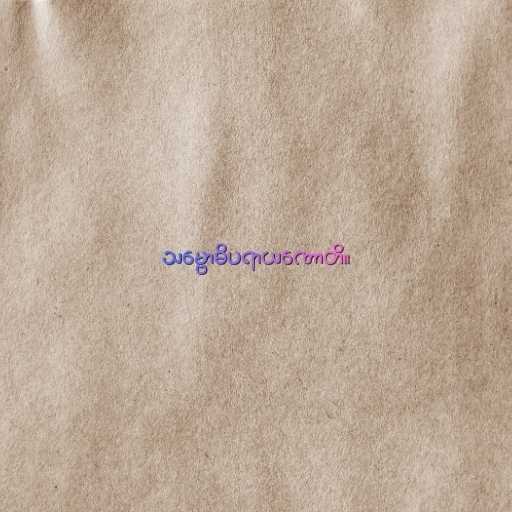
သမ္ဗောဓိပရာယဏောတိ။